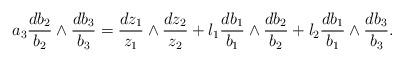
LaTeX: \begin{align*} a_3 \frac{d b_2}{b_2} \wedge \frac{d b_3}{b_3}=\frac{d z_1}{z_1} \wedge \frac{d z_2}{z_2} + l_1 \frac{d b_1}{b_1} \wedge \frac{d b_2}{b_2} + l_2 \frac{d b_1}{b_1} \wedge \frac{d b_3}{b_3}.\end{align*}